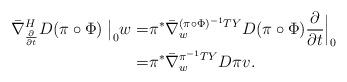
LaTeX: \begin{align*}\bar\nabla^{H}_{\frac{\partial}{\partial t}} D(\pi\circ\Phi)\;\big|_0 w=&\pi^*\bar\nabla^{(\pi\circ\Phi)^{-1}TY}_{ w } D(\pi\circ\Phi)\frac{\partial}{\partial t}\Big|_0\\=&\pi^*\bar\nabla^{\pi^{-1}TY}_{ w } D\pi v . \end{align*}